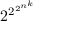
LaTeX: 2 ^ { 2 ^ { 2 ^ { n ^ { k } } } }